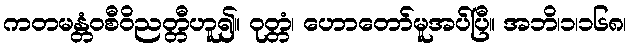
ကတမန္တံဝစီဝိညတ္တီဟူ၍။ ဝုတ္တံ၊ ဟောတော်မူအပ်ပြီ။ အဘိ၊၁၊၁၆၈၊